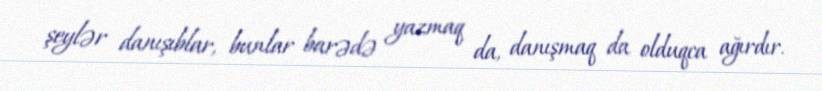
şeylər danışıblar, bunlar barədə yazmaq da, danışmaq da olduqca ağırdır.